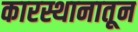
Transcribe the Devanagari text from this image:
कारस्थानातून